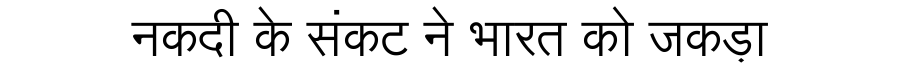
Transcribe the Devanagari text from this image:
नकदी के संकट ने भारत को जकड़ा